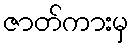
ဇာတ်ကားမှ